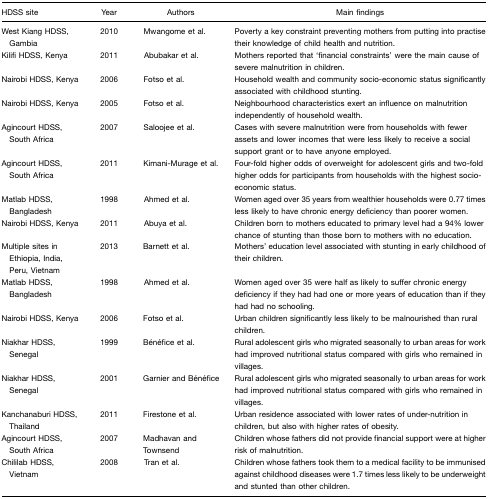
| HDSS site | Year | Authors | Main findings |
 | --- | --- | --- | --- |
 | West Kiang HDSS, Gambia | 2010 | Mwangome et al. | Poverty a key constraint preventing mothers from putting into practise their knowledge of child health and nutrition. |
 | Kilifi HDSS, Kenya | 2011 | Abubakar et al. | Mothers reported that ‘financial constraints’ were the main cause of severe malnutrition in children. |
 | Nairobi HDSS, Kenya | 2006 | Fotso et al. | Household wealth and community socio-economic status significantly associated with childhood stunting. |
 | Nairobi HDSS, Kenya | 2005 | Fotso et al. | Neighbourhood characteristics exert an influence on malnutrition independently of household wealth. |
 | Agincourt HDSS, South Africa | 2007 | Saloojee et al. | Cases with severe malnutrition were from households with fewer assets and lower incomes that were less likely to receive a social support grant or to have anyone employed. |
 | Agincourt HDSS, South Africa | 2011 | Kimani-Murage et al. | Four-fold higher odds of overweight for adolescent girls and two-fold higher odds for participants from households with the highest socio-economic status. |
 | Matlab HDSS, Bangladesh | 1998 | Ahmed et al. | Women aged over 35 years from wealthier households were 0.77 times less likely to have chronic energy deficiency than poorer women. |
 | Nairobi HDSS, Kenya | 2011 | Abuya et al. | Children born to mothers educated to primary level had a 94% lower chance of stunting than those born to mothers with no education. |
 | Multiple sites in Ethiopia, India, Peru, Vietnam | 2013 | Barnett et al. | Mothers’ education level associated with stunting in early childhood of their children. |
 | Matlab HDSS, Bangladesh | 1998 | Ahmed et al. | Women aged over 35 were half as likely to suffer chronic energy deficiency if they had had one or more years of education than if they had had no schooling. |
 | Nairobi HDSS, Kenya | 2006 | Fotso et al. | Urban children significantly less likely to be malnourished than rural children. |
 | Niakhar HDSS, Senegal | 1999 | Bénéfice et al. | Rural adolescent girls who migrated seasonally to urban areas for work had improved nutritional status compared with girls who remained in villages. |
 | Niakhar HDSS, Senegal | 2001 | Garnier and Bénéfice | Rural adolescent girls who migrated seasonally to urban areas for work had improved nutritional status compared with girls who remained in villages. |
 | Kanchanaburi HDSS, Thailand | 2011 | Firestone et al. | Urban residence associated with lower rates of under-nutrition in children, but also with higher rates of obesity. |
 | Agincourt HDSS, South Africa | 2007 | Madhavan and Townsend | Children whose fathers did not provide financial support were at higher risk of malnutrition. |
 | Chililab HDSS, Vietnam | 2008 | Tran et al. | Children whose fathers took them to a medical facility to be immunised against childhood diseases were 1.7 times less likely to be underweight and stunted than other children. |